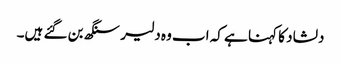
دلشاد کا کہنا ہے کہ اب وہ دلیر سنگھ بن گئے ہیں۔